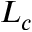
L _ { c }